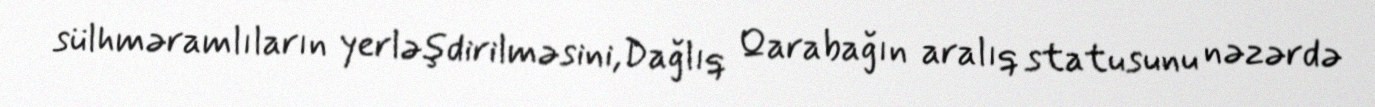
sülhməramlıların yerləşdirilməsini,Dağlıq Qarabağın aralıq statusunu nəzərdə